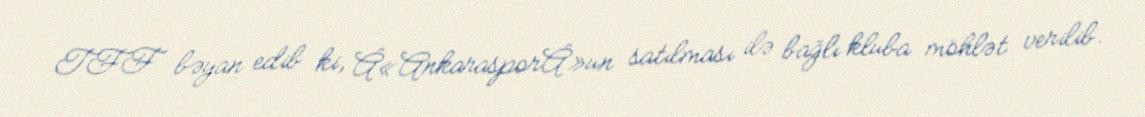
TFF bəyan edib ki, Â«AnkarasporÂ»un satılması ilə bağlı kluba möhlət verilib.